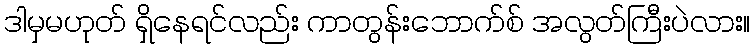
ဒါမှမဟုတ် ရှိနေရင်လည်း ကာတွန်းဘောက်စ် အလွတ်ကြီးပဲလား။